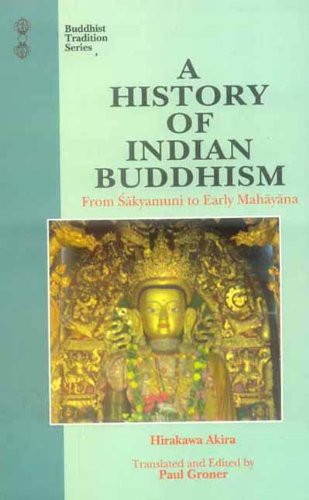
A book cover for History of Indian Buddhism: From Sakyamuni to Early Mahayana (Buddhist Tradition); Hirakawa Akira; Religion & Spirituality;